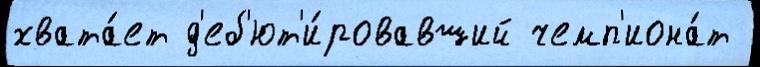
хвата́ет д'еб'ют'и́ровавший чемп'иона́т